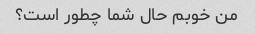
من خوبم حال شما چطور است؟